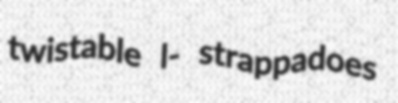
twistable l- strappadoes